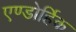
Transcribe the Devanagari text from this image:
एण्डोर्हिक